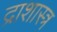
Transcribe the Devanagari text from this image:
द्राशास्त्र